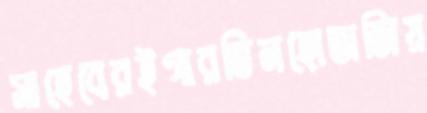
সাহেবেরইগারভিনহোভাজিয়